Annual report on the working of the lock hospitals in the North-Western Provinces and Oudh
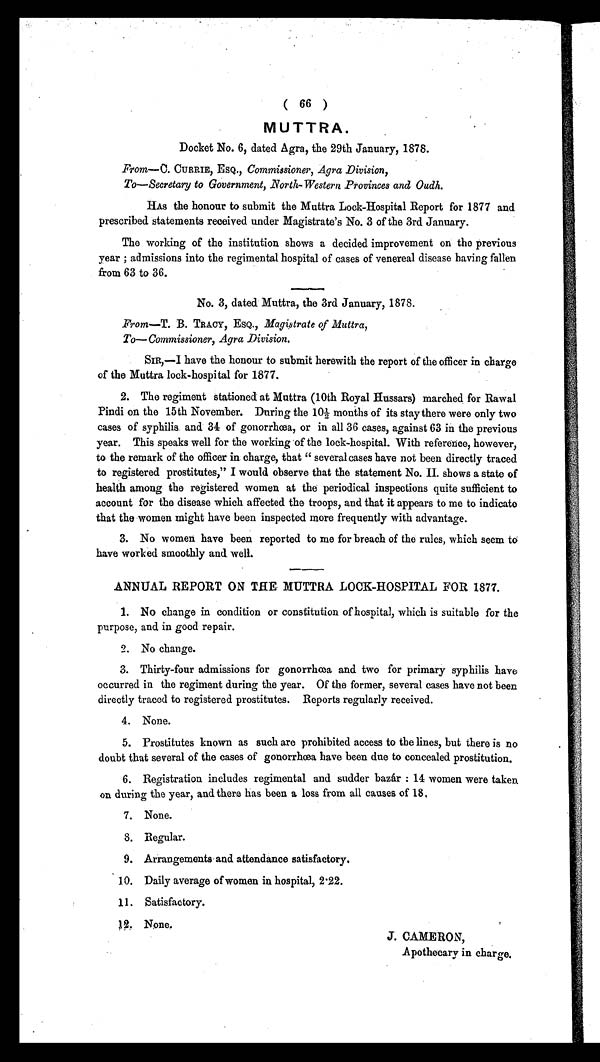
( 66 )
MUTTRA.
Docket No. 6, dated Agra, the 29th January, 1878.
From—C. CURRIE, ESQ., Commissioner, Agra Division,
To—Secretary to Government, North-Western Provinces and Oudh.
HAS the honour to submit the Muttra Lock-Hospital Report for 1877 and
prescribed statements received under Magistrate's No. 3 of the 3rd January.
The working of the institution shows a decided improvement on the previous
year ; admissions into the regimental hospital of cases of venereal disease having fallen
from 63 to 36.
No. 3, dated Muttra, the 3rd January, 1878.
From—T. B. TRACY, ESQ., Magistrate of Muttra,
To—Commissioner, Agra Division.
SIR,–I have the honour to submit herewith the report of the officer in charge
of the Muttra lock-hospital for 1877.
2. The regiment stationed at Muttra (10th Royal Hussars) marched for Rawal
Pindi on the 15th November. During the 10,½ months of its stay there were only two
cases of syphilis and 34 of gonorrhœa, or in all 36 cases, against 63 in the previous
year. This speaks well for the working of the lock-hospital. With reference, however,
to the remark of the officer in charge, that " several cases have not been directly traced
to registered prostitutes," I would observe that the statement No. II. shows a state of
health among the registered women at the periodical inspections quite sufficient to
account for the disease which affected the troops, and that it appears to me to indicate
that the women might have been inspected more frequently with advantage.
3. No women have been reported to me for breach of the rules, which seem to
have worked smoothly and well.
ANNUAL REPORT ON THE . MUTTRA LOCK-HOSPITAL FOR 1877.
1. No change in condition or constitution of hospital, which is suitable for the
purpose, and in good repair.
2. No change.
3. Thirty-four admissions for gonorrhœa and two for primary syphilis have
occurred in the regiment during the year. Of the former, several cases have not been
directly traced to registered prostitutes. Reports regularly received.
4. None.
5. Prostitutes known as such are prohibited access to the lines, but there is no
doubt that several of the cases of gonorrhœa have been due to concealed prostitution.
6. Registration includes regimental and sudder bazár : 14 women were taken
on during the year, and there has been a loss from all causes of 18,
7. None.
8. Regular.
9. Arrangements and attendance satisfactory.
10. Daily average of women in hospital, 2.22.
11. Satisfactory.
12. None.
J. CAMERON,
Apothecary in charge.